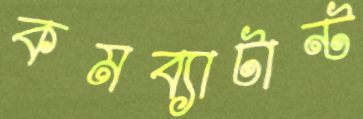
কমব্যাটান্ট